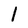
Character: 1